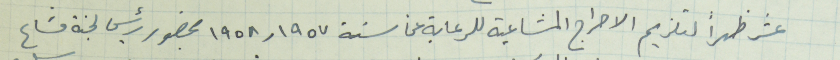
عشر ظهراً لتلزيم الاحراج المشاعية للرعاية عن سنة ١٩٥٧ و١٩٥٨ بحضور رئيس لجنة مشاع